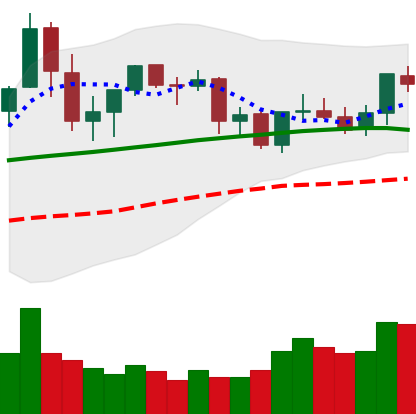
Ticker: ETC-USD
Chart end date: 2021-09-02
Forward return: -12.629%
Label: down_7plus